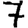
Digit: 7